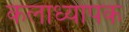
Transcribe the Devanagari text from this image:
कलाध्यापक